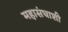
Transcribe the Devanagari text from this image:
महासंघाशी